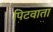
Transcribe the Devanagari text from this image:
पिटवाता